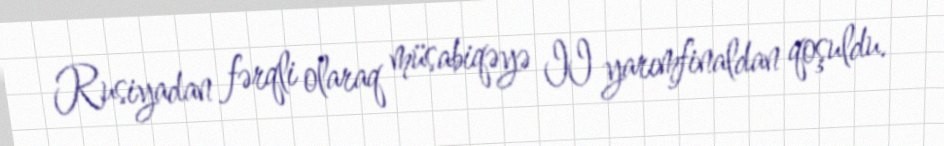
Rusiyadan fərqli olaraq müsabiqəyə II yarımfinaldan qoşuldu.